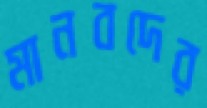
মানবদের